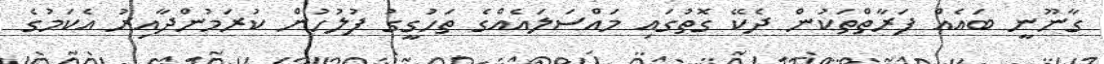
ގާނޫނީ ބައެއް ފަރާތްތަކުން ދެކޭ ގޮތުގައި މައްސަލައެއްގެ ތަހުގީގު ފުލުހުން ކުރަމުންދާއިރު އެކަމުގެ